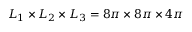
L _ { 1 } \times L _ { 2 } \times L _ { 3 } = 8 \pi \times 8 \pi \times 4 \pi